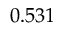
0 . 5 3 1